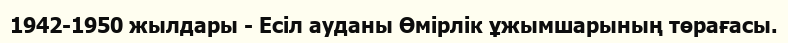
1942-1950 жылдары - Есіл ауданы Өмірлік ұжымшарының төрағасы.